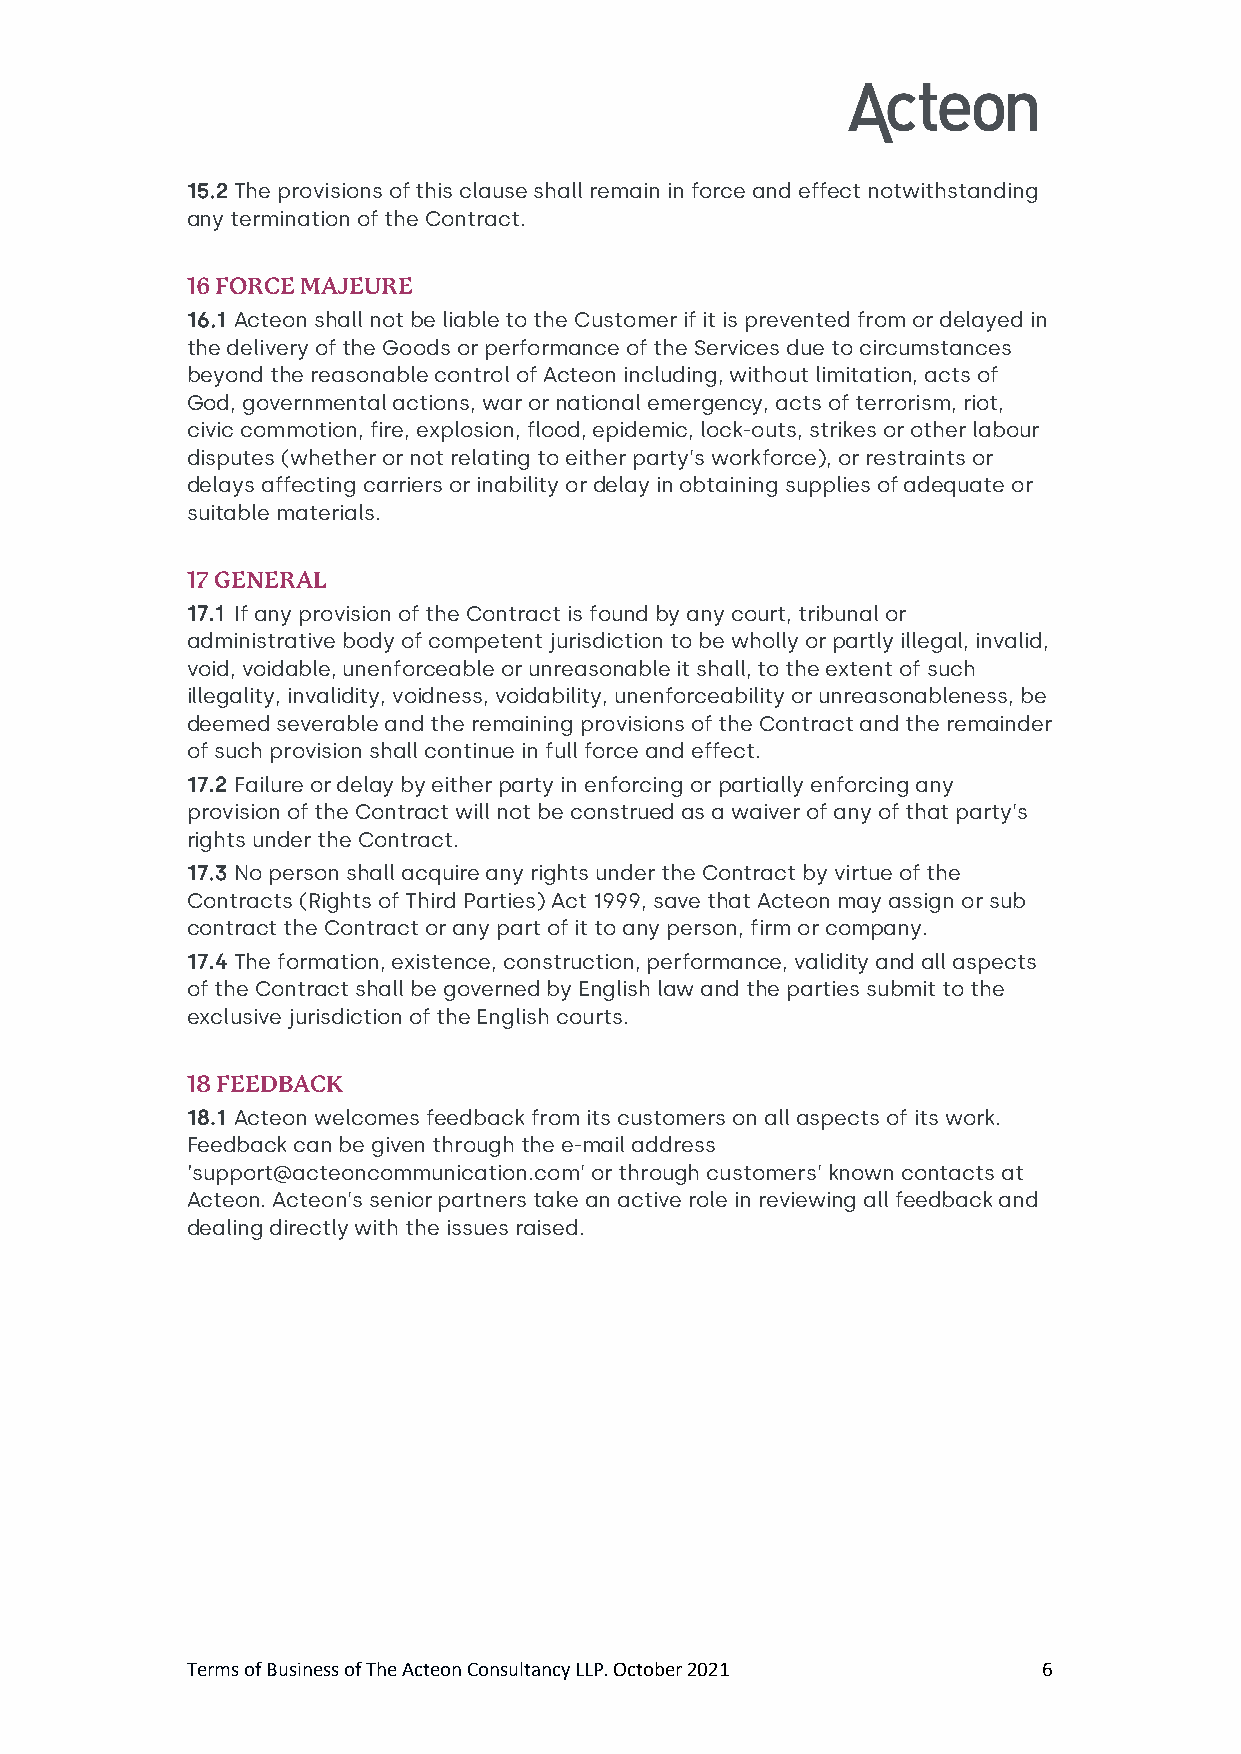
15.2 The provisions of this clause shall remain in force and effect notwithstanding
 any termination of the Contract.
 16 FORCE MAJEURE
 16.1 Acteon shall not be liable to the Customer if it is prevented from or delayed in
 the delivery of the Goods or performance of the Services due to circumstances
 beyond the reasonable control of Acteon including, without limitation, acts of
 God, governmental actions, war or national emergency, acts of terrorism, riot,
 civic commotion, fire, explosion, flood, epidemic, lock-outs, strikes or other labour
 disputes (whether or not relating to either party’s workforce), or restraints or
 delays affecting carriers or inability or delay in obtaining supplies of adequate or
 suitable materials.
 17 GENERAL
 17.1 If any provision of the Contract is found by any court, tribunal or
 administrative body of competent jurisdiction to be wholly or partly illegal, invalid,
 void, voidable, unenforceable or unreasonable it shall, to the extent of such
 illegality, invalidity, voidness, voidability, unenforceability or unreasonableness, be
 deemed severable and the remaining provisions of the Contract and the remainder
 of such provision shall continue in full force and effect.
 17.2 Failure or delay by either party in enforcing or partially enforcing any
 provision of the Contract will not be construed as a waiver of any of that party’s
 rights under the Contract.
 17.3 No person shall acquire any rights under the Contract by virtue of the
 Contracts (Rights of Third Parties) Act 1999, save that Acteon may assign or sub
 contract the Contract or any part of it to any person, firm or company.
 17.4 The formation, existence, construction, performance, validity and all aspects
 of the Contract shall be governed by English law and the parties submit to the
 exclusive jurisdiction of the English courts.
 18 FEEDBACK
 18.1 Acteon welcomes feedback from its customers on all aspects of its work.
 Feedback can be given through the e-mail address
 ‘support@acteoncommunication.com’ or through customers’ known contacts at
 Acteon. Acteon’s senior partners take an active role in reviewing all feedback and
 dealing directly with the issues raised.
 Terms of Business of The Acteon Consultancy LLP. October 2021 6